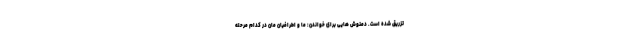
تزریق شده است. دمنوش هایی برای خواندن: ما و اطرافیان مان در کدام مرحله